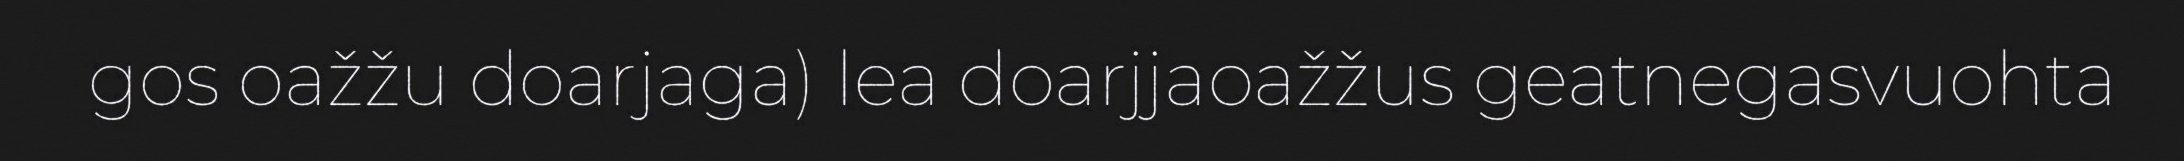
gos oažžu doarjaga) lea doarjjaoažžus geatnegasvuohta